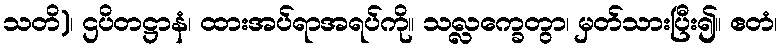
သတိ)၊ ဌပိတဋ္ဌာနံ၊ ထားအပ်ရာအရပ်ကို။ သလ္လက္ခေတွာ၊ မှတ်သားပြီး၍။ ဧတံ၊